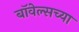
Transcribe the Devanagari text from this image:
बॉवेल्सच्या